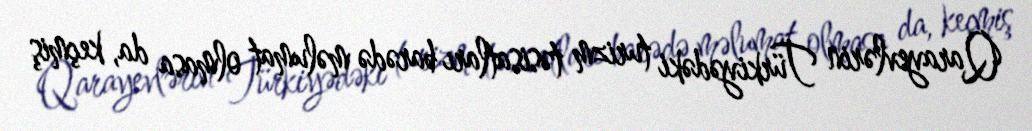
Qarayevlərin Türkiyədəki turizm təsisatları barədə məlumat olmasa da, keçmiş